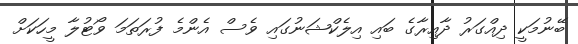
ބޭނުމަކީ ދިއްގަރު ދާއިރާގެ ބައި އިލެކްޝަނުގައި ވެސް އެންމެ ފުރަތަމަ ވޯޓުލާ މީހަކަށް